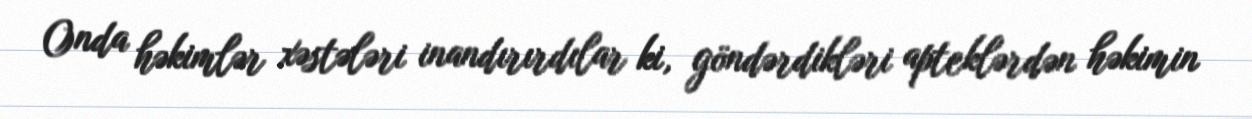
Onda həkimlər xəstələri inandırırdılar ki, göndərdikləri apteklərdən həkimin